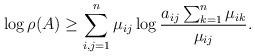
LaTeX: \begin{align*}\log\rho(A)\ge \sum_{i,j=1}^n \mu_{ij}\log \frac{a_{ij}\sum_{k=1}^n \mu_{ik}}{\mu_{ij}}.\end{align*}